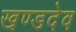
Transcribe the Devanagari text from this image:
खण्डदेव